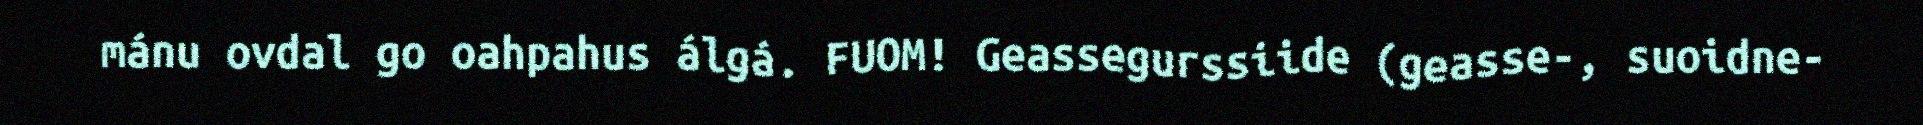
mánu ovdal go oahpahus álgá. FUOM! Geassegurssiide (geasse-, suoidne-